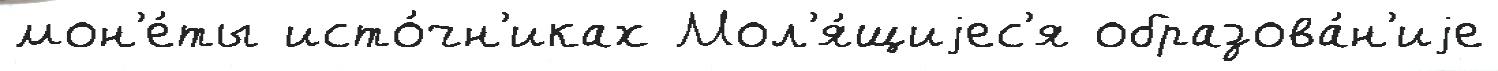
мон'е́ты исто́чн'иках Мол'я́щиjес'я образова́н'иjе